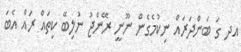
އދ ގަ ބަންދަރައް ނިކުމެގެން ނޫނީ ރޭންޖު ނުލިބޭ ކިތައް ރައް އެބަ